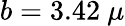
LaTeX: b=3.42~\mu